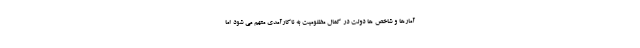
آمارها و شاخص ها دولت در کمال مظلومیت به ناکارآمدی متهم می شود اما